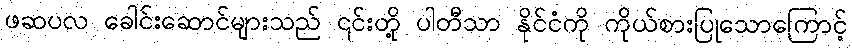
ဖဆပလ ခေါင်းဆောင်များသည် ၎င်းတို့ ပါတီသာ နိုင်ငံကို ကိုယ်စားပြုသောကြောင့်